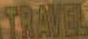
TRAVEL